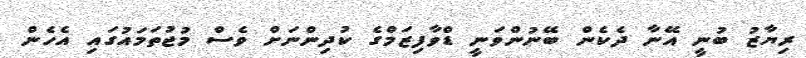
ރިޔާޒު ބުނީ އޭނާ ދެކެން ބޭނުންވަނީ ޑްވާފިޒަމްގެ ކުދިންނަށް ވެސް މުޖުތަމައުގައި އެހެން